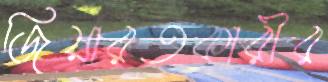
জিয়ারতকারীর